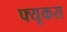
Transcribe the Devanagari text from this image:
फ्यूकस